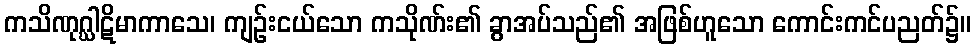
ကသိဏုဂ္ဃါဋိမာကာသေ၊ ကျဉ်းငယ်သော ကသိုဏ်း၏ ခွာအပ်သည်၏ အဖြစ်ဟူသော ကောင်းကင်ပညတ်၌။